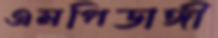
এমপিডাঙ্গী